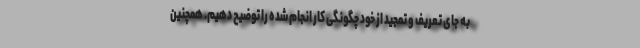
به جای تعریف و تمجید از خود چگونگی کار انجام شده را توضیح دهیم. همچنین